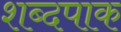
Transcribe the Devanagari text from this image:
शब्दपाक